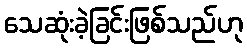
သေဆုံးခဲ့ခြင်းဖြစ်သည်ဟု